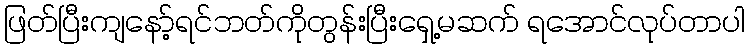
ဖြတ်ပြီးကျနော့်ရင်ဘတ်ကိုတွန်းပြီးရှေ့မဆက် ရအောင်လုပ်တာပါ